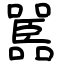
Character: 嚚